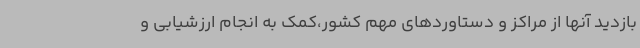
بازدید آنها از مراکز و دستاوردهای مهم کشور،کمک به انجام ارزشیابی و